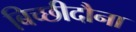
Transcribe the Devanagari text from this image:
बिच्छीदौना